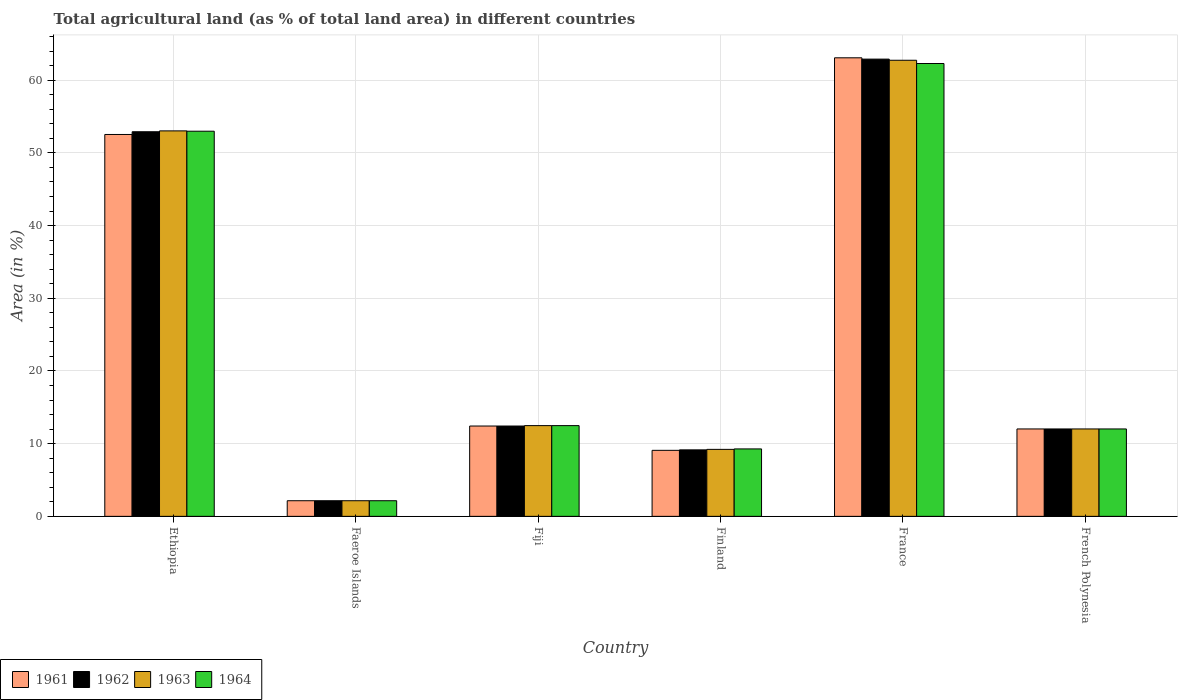
| Country | 1961 | 1962 | 1963 | 1964 |
 | --- | --- | --- | --- | --- |
 | Ethiopia | 52.5 | 52.9 | 53 | 53 |
 | Faeroe Islands | 2.15 | 2.15 | 2.15 | 2.15 |
 | Fiji | 12.4 | 12.4 | 12.5 | 12.5 |
 | Finland | 9.08 | 9.14 | 9.21 | 9.28 |
 | France | 63.1 | 62.9 | 62.7 | 62.3 |
 | French Polynesia | 12 | 12 | 12 | 12 |